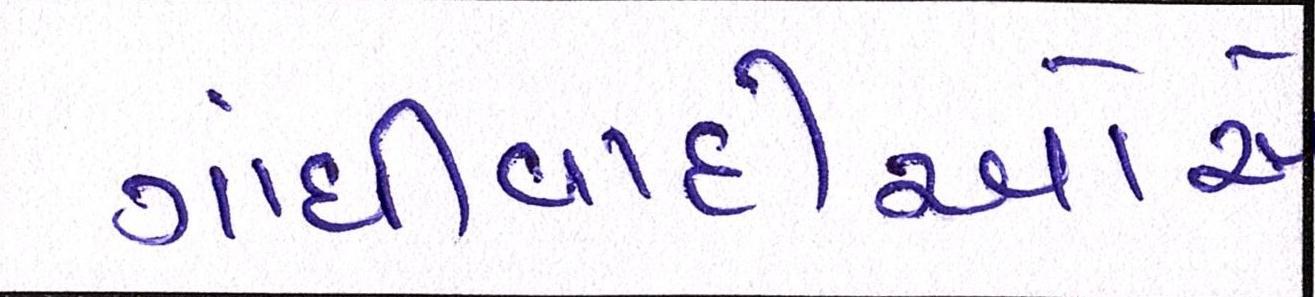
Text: ગાંધીવાદીઓએ